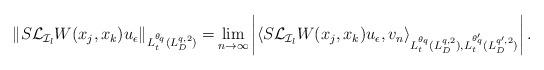
LaTeX: \begin{align*}\begin{aligned} \|S\mathcal{L}_{\mathcal{I}_l}W(x_j,x_k)u_\epsilon\|_{L_t^{\theta_q}(L^{q,2}_D)}=&\lim_{n\rightarrow\infty}\left|\left<S\mathcal{L}_{\mathcal{I}_l}W(x_j,x_k)u_\epsilon,v_n\right>_{{L_t^{\theta_q}(L^{q,2}_D)},{L_t^{\theta_q'}(L^{q',2}_D)}}\right|.\end{aligned}\end{align*}